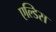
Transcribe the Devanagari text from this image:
एल्डिस